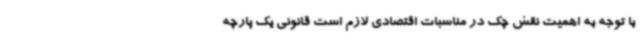
با توجه به اهمیت نقش چک در مناسبات اقتصادی لازم است قانونی یک پارچه